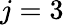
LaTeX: j=3